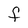
Character: F